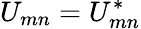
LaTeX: U_{mn}=U_{mn}^{*}